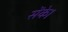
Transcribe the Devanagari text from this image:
सेंके।